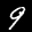
Label: 9